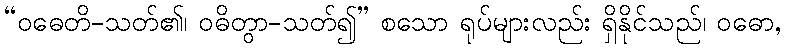
“ဝဓေတိ-သတ်၏၊ ဝဓိတွာ-သတ်၍” စသော ရုပ်များလည်း ရှိနိုင်သည်၊ ဝဓော,